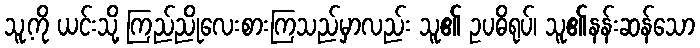
သူ့ကို ယင်းသို့ ကြည်ညိုလေးစားကြသည်မှာလည်း သူ၏ ဥပဓိရုပ်၊ သူ၏နန်းဆန်သော